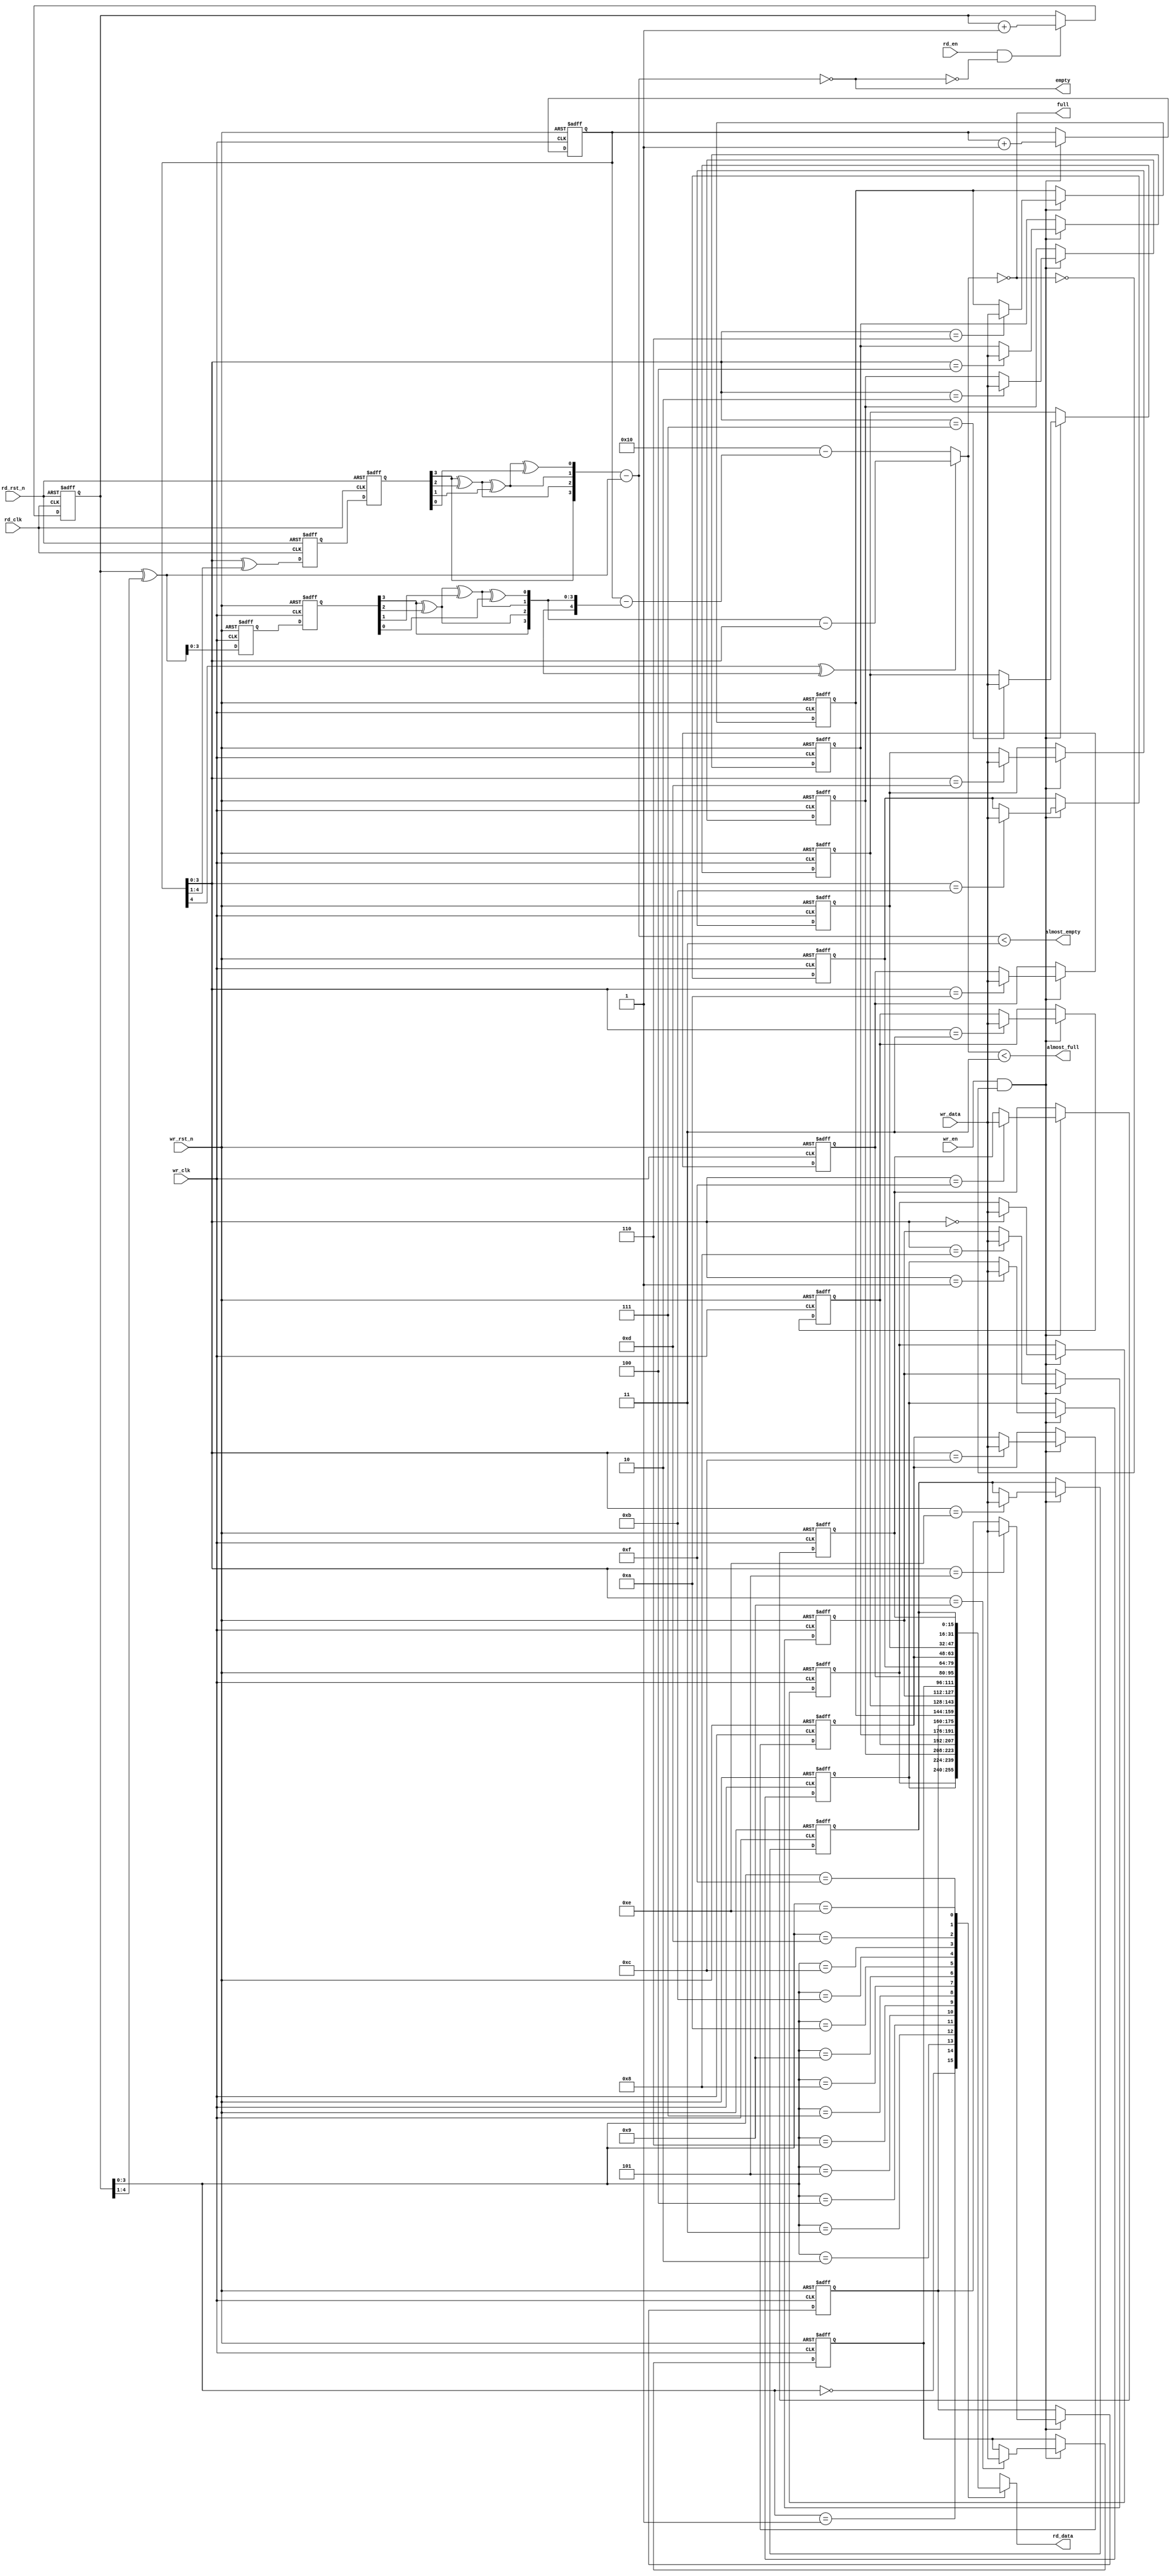
`timescale 1ns / 1ps

module async_fifo #(
    parameter ADDR_WIDTH       = 4            ,
    parameter DATA_WIDTH       = 16           ,
    parameter ALMOST_FULL_GAP  = 3            ,
    parameter ALMOST_EMPTY_GAP = 3            ,
    parameter FIFO_DEEP        = 2**ADDR_WIDTH
)(
    input wr_clk                   ,
    input wr_rst_n                 ,
    input wr_en                    ,
    input [DATA_WIDTH-1:0] wr_data ,
    output almost_full             ,
    output full                    ,

    input rd_clk                   ,
    input rd_rst_n                 ,
    input rd_en                    ,
    output almost_empty            ,
    output empty                   ,
    output [DATA_WIDTH-1:0] rd_data
);

// wire [ADDR_WIDTH-1:0] waddr;
// wire [ADDR_WIDTH-1:0] raddr;
reg [DATA_WIDTH-1:0] ram [0:FIFO_DEEP-1];

reg [ADDR_WIDTH:0] wr_addr; // Write address with MSB as overflow indicator
reg [ADDR_WIDTH:0] rd_addr; // Read address with MSB as overflow indicator
wire [ADDR_WIDTH:0] wr_gap; // Gap between write and read addresses
wire [ADDR_WIDTH:0] rd_gap; // Gap between read and write addresses
wire [ADDR_WIDTH:0] wr_addr_gray;
wire [ADDR_WIDTH:0] rd_addr_gray;
reg [ADDR_WIDTH:0] wr_addr_gray_tmp;
reg [ADDR_WIDTH:0] rd_addr_gray_tmp;
reg [ADDR_WIDTH:0] wr_addr_gray_sync;
reg [ADDR_WIDTH:0] rd_addr_gray_sync;
wire [ADDR_WIDTH:0] wr_addr_gray2bin;
wire [ADDR_WIDTH:0] rd_addr_gray2bin;

// Write control

integer idx;
always @ (posedge wr_clk or negedge wr_rst_n) begin
    if (!wr_rst_n) begin
        wr_addr <= {(ADDR_WIDTH + 1){1'b0}};
        for (idx = 0; idx < FIFO_DEEP; idx = idx + 1)
            ram[idx] <= 0;
    end
    else if (wr_en && !full) begin
        ram[wr_addr] <= wr_data;
        wr_addr <= wr_addr + 1;
    end
end

// Write address to Gray code
assign wr_addr_gray = wr_addr ^ (wr_addr >> 1);
// always @ (*) begin
//     wr_addr_gray = wr_addr ^ (wr_addr >> 1);
// end

// Sync read address Gray code w.r.t. write clock
always @ (posedge wr_clk or negedge wr_rst_n) begin
    if (!wr_rst_n) begin
        rd_addr_gray_tmp <= {(ADDR_WIDTH + 1){1'b0}};
        rd_addr_gray_sync <= {(ADDR_WIDTH + 1){1'b0}};
    end
    else begin
        rd_addr_gray_tmp <= rd_addr_gray;
        rd_addr_gray_sync <= rd_addr_gray_tmp;
    end
end

// Convert sync-ed read address Gray code to binary
genvar i;
generate
    assign rd_addr_gray2bin[ADDR_WIDTH - 1] = rd_addr_gray_sync[ADDR_WIDTH - 1];
    for (i = ADDR_WIDTH - 2; i >= 0; i = i - 1) begin
        assign rd_addr_gray2bin[i] = rd_addr_gray2bin[i + 1] ^ rd_addr_gray_sync[i];
    end
endgenerate
// always @ (*) begin: RD_ADDR_GRAY_2_BIN
//     integer idx;
//     rd_addr_gray2bin[ADDR_WIDTH - 1] = rd_addr_gray_sync[ADDR_WIDTH - 1];
//     for (idx = ADDR_WIDTH - 2; idx >= 0; idx = idx - 1) begin
//         rd_addr_gray2bin[idx] = rd_addr_gray2bin[idx + 1] ^ rd_addr_gray_sync[idx];
//     end
// end

assign wr_gap = wr_addr[ADDR_WIDTH] ^ rd_addr_gray2bin[ADDR_WIDTH] ?
                rd_addr_gray2bin[ADDR_WIDTH-1:0] - wr_addr[ADDR_WIDTH-1:0] :
                FIFO_DEEP - (wr_addr - rd_addr_gray2bin);

assign almost_full = wr_gap < ALMOST_FULL_GAP;
assign full = wr_gap == 0;

// always @ (*) begin
//     if (wr_addr[ADDR_WIDTH] ^ rd_addr_gray2bin[ADDR_WIDTH])
//         wr_gap = rd_addr_gray2bin[ADDR_WIDTH-1:0] - wr_addr[ADDR_WIDTH-1:0];
//     else
//         wr_gap = FIFO_DEEP - (wr_addr - rd_addr_gray2bin);
// end

// always @ (*) begin
//     if (wr_gap < ALMOST_FULL_GAP)
//         almost_full = 1;
//     else
//         almost_full = 0;
// end

// always @ (*) begin
//     full = wr_gap == 0;
// end

// Read

// FWFT read mode, first word fall through
assign rd_data = ram[rd_addr];

always @ (posedge rd_clk or negedge rd_rst_n) begin
    if (!rd_rst_n) begin
        rd_addr <= {(ADDR_WIDTH + 1){1'b0}};
    end
    else if (rd_en && !empty)
        rd_addr <= rd_addr + 1;
end

// Read address to Gray code
assign rd_addr_gray = rd_addr ^ (rd_addr >> 1);
// always @ (*) begin
//     rd_addr_gray = rd_addr ^ (rd_addr >> 1);
// end

// Sync write address Gray code w.r.t. read clock
always @ (posedge rd_clk or negedge rd_rst_n) begin
    if (!rd_rst_n) begin
        wr_addr_gray_tmp <= {(ADDR_WIDTH + 1){1'b0}};
        wr_addr_gray_sync <= {(ADDR_WIDTH + 1){1'b0}};
    end
    else begin
        wr_addr_gray_tmp <= wr_addr_gray;
        wr_addr_gray_sync <= wr_addr_gray_tmp;
    end
end

// Convert sync-ed write address Gray code to binary
genvar j;
generate
    assign wr_addr_gray2bin[ADDR_WIDTH - 1] = wr_addr_gray_sync[ADDR_WIDTH - 1];
    for (j = ADDR_WIDTH - 2; j >= 0; j = j - 1) begin
        assign wr_addr_gray2bin[j] = wr_addr_gray2bin[j + 1] ^ wr_addr_gray_sync[j];
    end
endgenerate
// always @ (*) begin: WR_ADDR_GRAY_2_BIN
//     integer idx;
//     wr_addr_gray2bin[ADDR_WIDTH - 1] = wr_addr_gray_sync[ADDR_WIDTH - 1];
//     for (idx = ADDR_WIDTH - 2; idx >= 0; idx = idx - 1) begin
//         wr_addr_gray2bin[idx] = wr_addr_gray2bin[idx + 1] ^ wr_addr_gray_sync[idx];
//     end
// end

assign rd_gap = wr_addr_gray2bin - rd_addr_gray;
assign almost_empty = rd_gap < ALMOST_EMPTY_GAP;
assign empty = rd_gap == 0;

// always @ (*) begin
//     rd_gap = wr_addr_gray2bin - rd_addr_gray;
// end

// always @ (*) begin
//     if (rd_gap < ALMOST_EMPTY_GAP)
//         almost_empty = 1;
//     else
//         almost_empty = 0;
// end

// always @ (*) begin
//     empty = rd_gap == 0;
// end

endmodule

// module async_fifo #(
//     parameter DATA_WIDTH = 8,
//     parameter ADDR_WIDTH = 5
// )(
//     input [DATA_WIDTH-1:0] wdata,
//     input rst_n,
//     input wren, wclk, //
//     input rden, rclk, //
//     output [DATA_WIDTH-1:0] rdata,
//     output wfull,
//     output rempty
//     );

// localparam CAPACITY = 2**ADDR_WIDTH;

// reg [DATA_WIDTH-1:0] ram [0:(2**ADDR_WIDTH)-1];
// reg [ADDR_WIDTH-1:0] waddr, raddr;
// reg [ADDR_WIDTH-1:0] waddr_r, raddr_w;
// reg wren_r, rden_w;
// reg addr_round;
// wire wempty, rfull;

// always @ (posedge wclk or negedge rst_n) begin
//     if (!rst_n) begin
//         waddr <= 0;
//         addr_round <= 0;
//     end
//     else if (wren && !rden_w && !wfull) begin
//         ram[waddr] <= wdata;
//         waddr <= waddr + 1;
//         if (waddr == CAPACITY - 1) begin
//             addr_round <= 1;
//         end
//     end
//     else if (!wren && rden_w && !rempty) begin
//     end
//     else if (wren && rden_w) begin
//         waddr <= waddr + 1;
//         if (waddr == CAPACITY - 1) begin
//             addr_round <= 1;
//         end
//     end
// end

// always @ (posedge wclk or negedge rst_n) begin
//     if (!rst_n) begin
//         rden_w <= 0;
//         raddr_w <= 0;
//     end
//     else begin
//         rden_w <= rden;
//         raddr_w <= raddr;
//     end
// end

// assign wfull = addr_round && (waddr == raddr_w);
// assign wempty = !addr_round && (waddr == raddr_w);


// always @ (posedge rclk or negedge rst_n) begin
//     if (!rst_n) begin
//         raddr <= 0;
//     end
//     else if (rden && !wren_r && !rempty) begin
//         raddr <= raddr + 1;
//         if (raddr == CAPACITY - 1) begin
//             addr_round <= 0;
//         end
//     end
//     else if (!rden && wren_r && !rfull) begin
//     end
//     else if (rden && wren_r) begin
//         raddr <= raddr + 1;
//         if (raddr == CAPACITY - 1) begin
//             addr_round <= 0;
//         end
//     end
// end

// always @ (posedge rclk or negedge rst_n) begin
//     if (!rst_n) begin
//         wren_r <= 0;
//         waddr_r <= 0;
//     end
//     else begin
//         wren_r <= wren;
//         waddr_r <= waddr;
//     end
// end

// assign rdata = ram[raddr];
// assign rfull = addr_round && (raddr == waddr_r);
// assign rempty = !addr_round && (raddr == waddr_r);

// endmodule